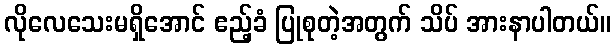
လိုလေသေးမရှိအောင် ဧည့်ခံ ပြုစုတဲ့အတွက် သိပ် အားနာပါတယ်။